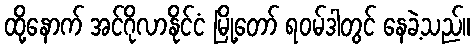
ထို့နောက် အင်ဂိုလာနိုင်ငံ မြို့တော် ရဝမ်ဒါတွင် နေခဲ့သည်။